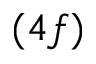
( 4 f )